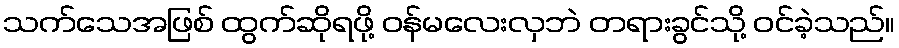
သက်သေအဖြစ် ထွက်ဆိုရဖို့ ဝန်မလေးလှဘဲ တရားခွင်သို့ ဝင်ခဲ့သည်။